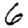
Digit: 6